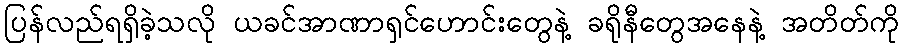
ပြန်လည်ရရှိခဲ့သလို ယခင်အာဏာရှင်ဟောင်းတွေနဲ့ ခရိုနီတွေအနေနဲ့ အတိတ်ကို